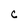
Character: C